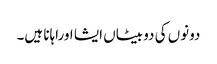
دونوں کی دو بیٹاں ایشا اوراہانا ہیں۔